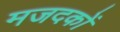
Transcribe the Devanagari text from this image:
मजदकों